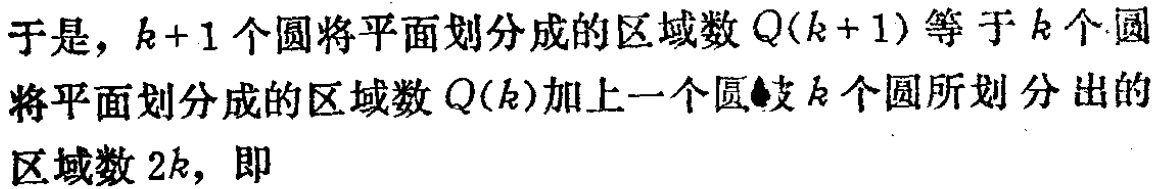
于是，\(k + 1\)个圆将平面划分成的区域数\(Q(k + 1)\)等于\(k\)个圆将平面划分成的区域数\(Q(k)\)加上一个圆被\(k\)个圆所划分出的区域数\(2k\)，即